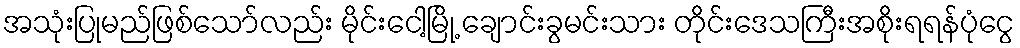
အသုံးပြုမည်ဖြစ်သော်လည်း မိုင်းငေါ့မြို့ ချောင်းခွမင်းသား တိုင်းဒေသကြီးအစိုးရရန်ပုံငွေ